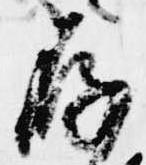
存